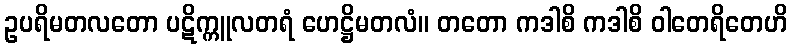
ဥပရိမတလတော ပဋိက္ကူလတရံ ဟေဋ္ဌိမတလံ။ တတော ကဒါစိ ကဒါစိ ဝါတေရိတေဟိ